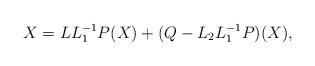
LaTeX: \begin{align*}X = L L_1^{-1} P (X) + ( Q - L_2 L_1^{-1}P ) (X),\end{align*}